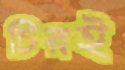
চিরই